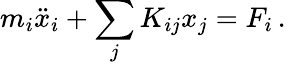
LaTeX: m_{i}\ddot{x}_{i}+\sum_{j}K_{ij}x_{j}=F_{i}\, .